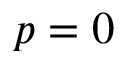
p = 0